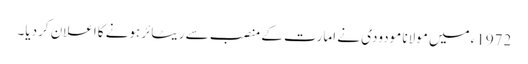
1972ءمیں مولانا مودودی نے امارت کے منصب سے ریٹائرہونے کااعلان کردیا۔